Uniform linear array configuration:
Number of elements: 24
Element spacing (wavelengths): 0.75
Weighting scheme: blackman
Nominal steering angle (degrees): -30
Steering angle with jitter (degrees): -30.575
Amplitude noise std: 0.05
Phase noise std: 0.05

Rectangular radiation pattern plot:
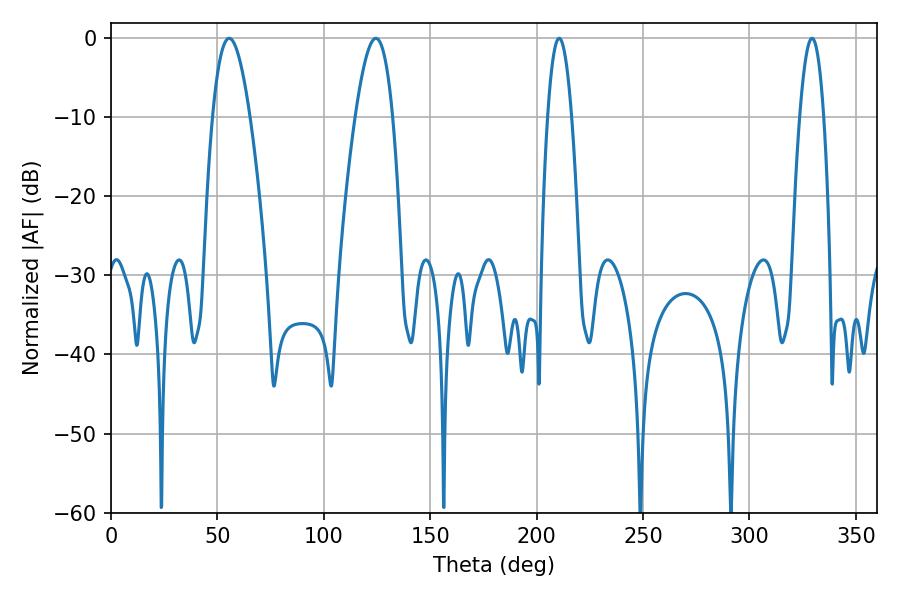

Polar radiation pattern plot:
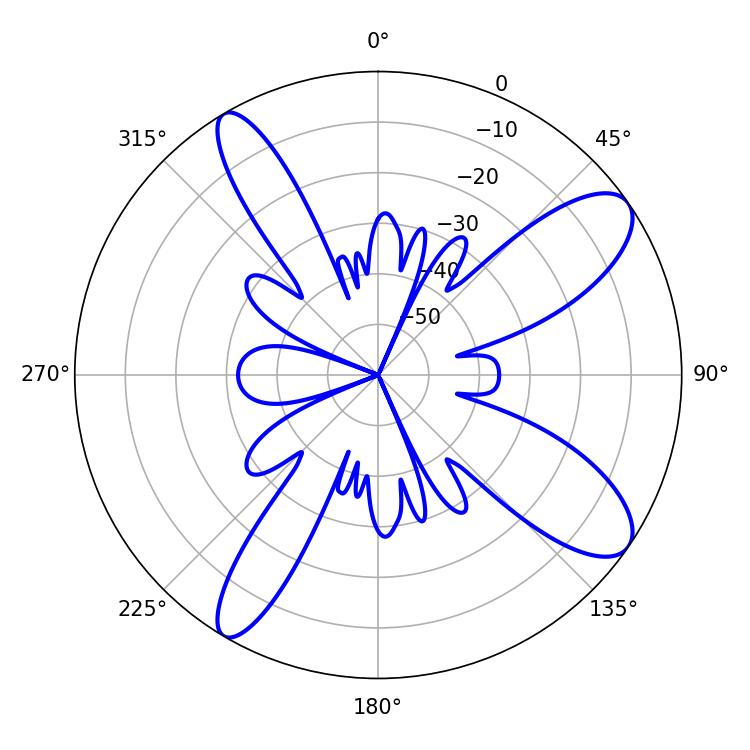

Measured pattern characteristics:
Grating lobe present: TRUE
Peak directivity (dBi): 10.463
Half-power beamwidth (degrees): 6.12
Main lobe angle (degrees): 210.6